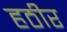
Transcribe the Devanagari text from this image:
हठीर